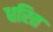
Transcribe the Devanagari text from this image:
धरित